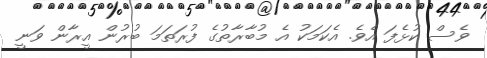
ވެސް ކުޅެފަ އެވެ. އެކަމަކު އެ މުބާރާތުގެ ފުރަތަމަ ބުރުން އީރާން ވަނީ